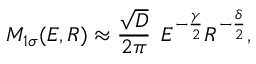
M _ { 1 \sigma } ( E , R ) \approx \frac { \sqrt { D } } { 2 \pi } \: \: E ^ { - \frac { \gamma } { 2 } } R ^ { - \frac { \delta } { 2 } } ,